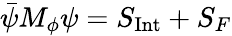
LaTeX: \bar{\psi}M_{\phi}\psi=S_{\mathrm{{Int}}}+S_{F}